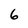
Character: 6